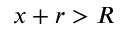
x + r > R